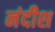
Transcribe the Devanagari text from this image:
नंदीश